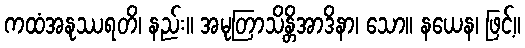
ကထံအနုဿရတိ၊ နည်း။ အမုတြာသိန္တိအာဒိနာ၊ သော။ နယေန၊ ဖြင့်။